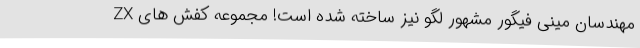
مهندسان مینی فیگور مشهور لگو نیز ساخته شده است! مجموعه کفش های ZX